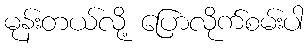
မုန်းတယ်လို့ ပြောလိုက်စမ်းပါ